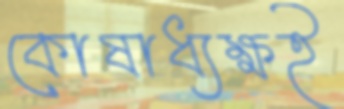
কোষাধ্যক্ষই